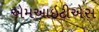
એમઆઇટીએસ